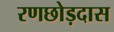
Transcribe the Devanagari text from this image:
रणछोड़दास